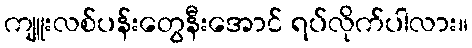
ကျူးလစ်ပန်းတွေနီးအောင် ရပ်လိုက်ပါလား။